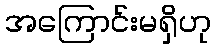
အကြောင်းမရှိဟု